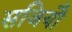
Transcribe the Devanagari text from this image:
सजियौ